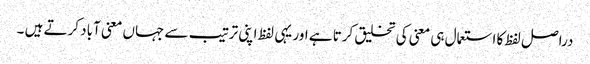
دراصل لفظ کا استعمال ہی معنی کی تخلیق کرتا ہے اور یہی لفظ اپنی ترتیب سے جہاں معنی آباد کرتے ہیں ۔